Scottish Leaving Certificate Examination, 1959
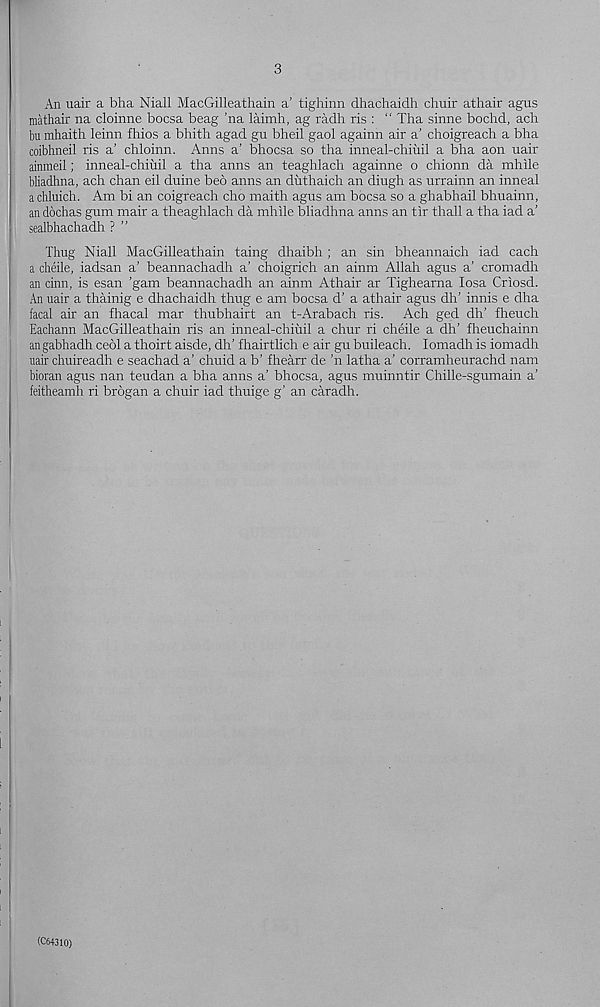
3
An uair a bha Niall MacGilleathain a’ tighinn dhachaidh chuir athair agus
mathair na cloinne bocsa beag ’na laimh, ag radh ris : “ Tha sinne bochd, ach
bu mhaith leinn fhios a bhith agad gu bheil gaol againn air a’ choigreach a bha
coibhneil ris a’ chloinn. Anns a' bhocsa so tha inneal-chiuil a bha aon uair
ainraeil; inneal-chiuil a tha anns an teaghlach againne o chionn da mhile
bliadhna, ach chan eil duine bed anns an dixthaich an diugh as urrainn an inneal
a chluich. Am bi an coigreach cho maith agus am bocsa so a ghabhail bhuainn,
an dochas gum mair a theaghlach da mhile bliadhna anns an tir thall a tha iad a’
sealbhachadh ? ”
Thug Niall MacGilleathain taing dhaibh ; an sin bheannaich iad each
a cheile, iadsan a’ beannachadh a’ choigrich an ainm Allah agus a’ cromadh
an cinn, is esan ’gam beannachadh an ainm Athair ar Tighearna losa Criosd.
An uair a thainig e dhachaidh thug e am bocsa d’ a athair agus dh’ innis e dha
facal air an fhacal mar thubhairt an t-Arabach ris. Ach ged dh’ fheuch
Eachann MacGilleathain ris an inneal-chiuil a chur ri cheile a dh’ fheuchainn
angabhadh ceol a thoirt aisde, dh’ fhairtlich e air gu buileach. lomadh is iomadh
uair chuireadh e seachad a’ chuid a b’ fhearr de ’n latha a’ corramheurachd nam
bioran agus nan teudan a bha anns a’ bhocsa, agus muinntir Chille-sgumain a’
feitheamh ri brogan a chuir iad thuige g’ an caradh.
(C64310)